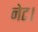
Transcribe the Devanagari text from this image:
नेट।